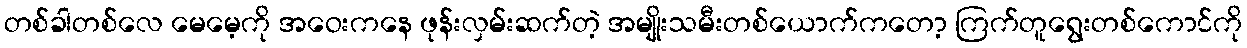
တစ်ခါတစ်လေ မေမေ့ကို အဝေးကနေ ဖုန်းလှမ်းဆက်တဲ့ အမျိုးသမီးတစ်ယောက်ကတော့ ကြက်တူရွေးတစ်ကောင်ကို